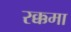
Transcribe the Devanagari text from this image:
रक्कमा